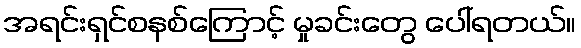
အရင်းရှင်စနစ်ကြောင့် မှုခင်းတွေ ပေါ်ရတယ်။